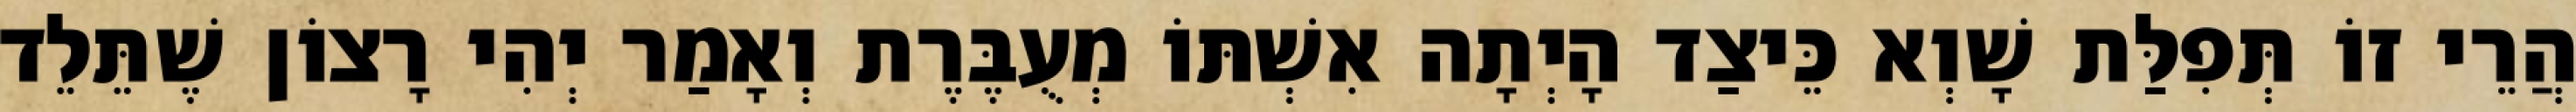
הֲרֵי זוֹ תְּפִלַּת שָׁוְא כֵּיצַד הָיְתָה אִשְׁתּוֹ מְעֻבֶּרֶת וְאָמַר יְהִי רָצוֹן שֶׁתֵּלֵד